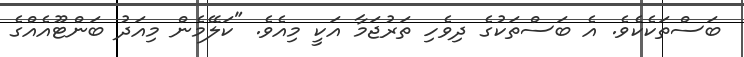
ބަސްތަކެކެވެ. އެ ބަސްތަކުގެ ދިވެހި ތަރުޖަމާ އަކީ މިއެވެ. "ކަލޭމެން މިއަދު ބަންޓޫއެއްގެ